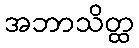
အဘာသိတ္ထ